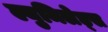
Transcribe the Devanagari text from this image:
ल्युमिलेड्स